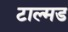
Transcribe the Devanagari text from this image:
टाल्मड